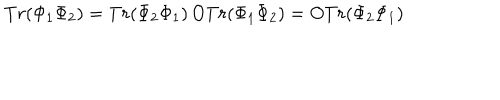
LaTeX: T r ( \Phi _ { 1 } \Phi _ { 2 } ) = T r ( \Phi _ { 2 } \Phi _ { 1 } ) \, O T r ( \Phi _ { 1 } \Phi _ { 2 } ) = O T r ( \Phi _ { 2 } \Phi _ { 1 } )